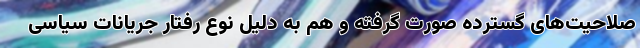
صلاحیت‌های گسترده صورت گرفته و هم به دلیل نوع رفتار جریانات سیاسی